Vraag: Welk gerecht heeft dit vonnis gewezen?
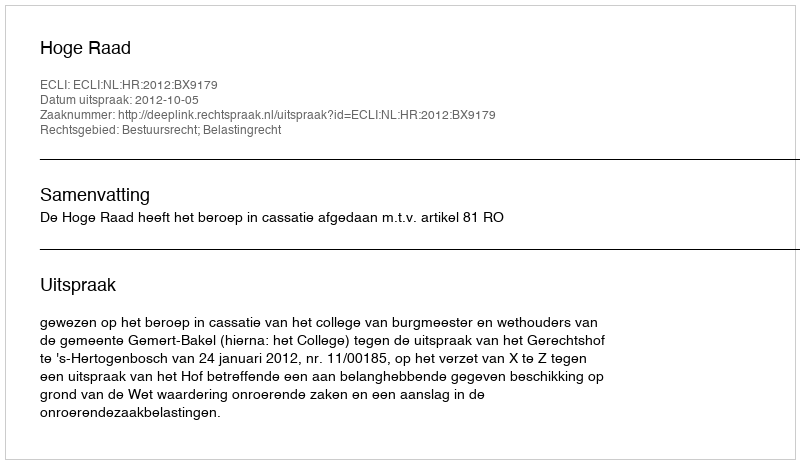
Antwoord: Hoge Raad